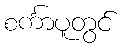
စင်္ကာပူတွင်